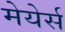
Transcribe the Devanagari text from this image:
मेयेर्स